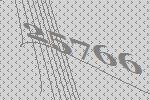
25766